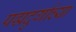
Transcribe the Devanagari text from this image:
पद्मदुर्गाच्या